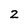
Character: 2